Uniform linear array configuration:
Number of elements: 24
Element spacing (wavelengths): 1
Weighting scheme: blackman
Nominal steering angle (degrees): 0
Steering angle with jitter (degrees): -0.4456
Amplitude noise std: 0.05
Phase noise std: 0.05

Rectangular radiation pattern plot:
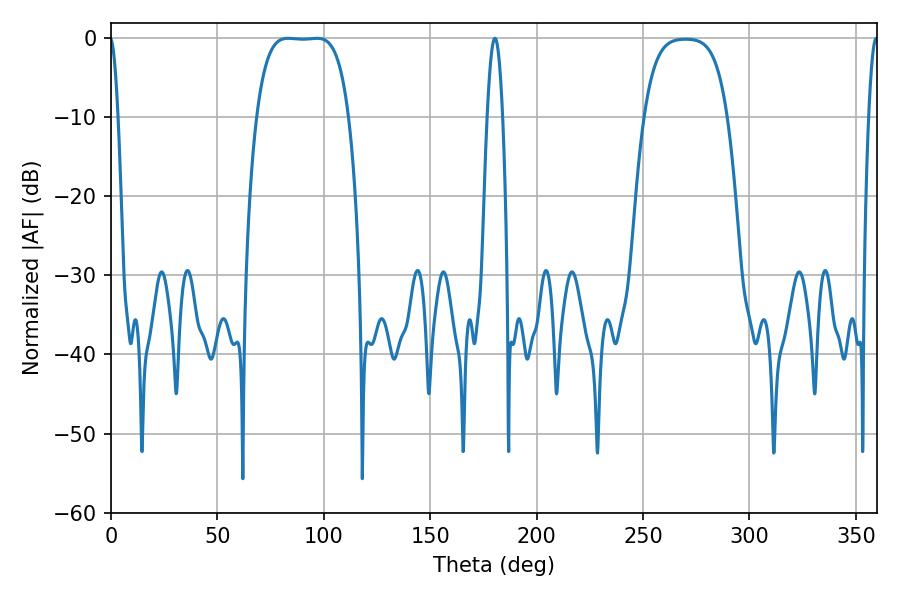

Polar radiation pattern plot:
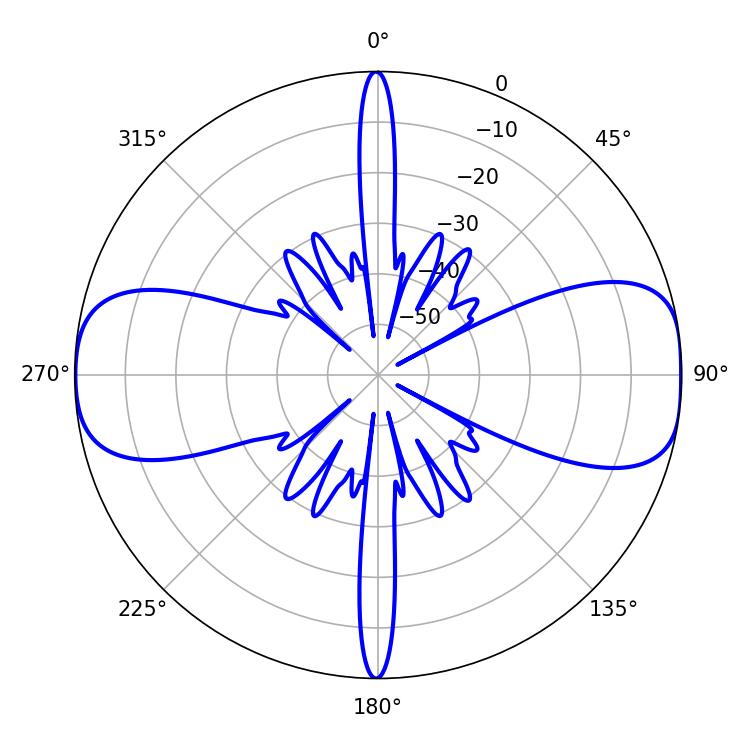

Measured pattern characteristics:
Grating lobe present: TRUE
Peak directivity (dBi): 12.663
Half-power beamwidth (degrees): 33.48
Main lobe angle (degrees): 83.16